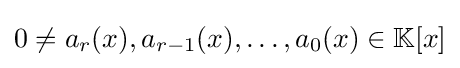
0\neq a_{r}(x),a_{r-1}(x),\ldots ,a_{0}(x)\in \mathbb {K} [x]